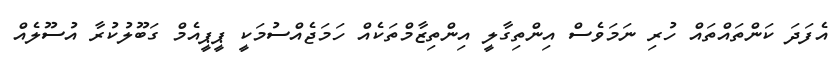
އެފަދަ ކަންތައްތައް ހުރި ނަމަވެސް އިންތިގާލީ އިންތިޒާމްތަކެއް ހަމަޖެއްސުމަކީ ޕީޕީއެމް ގަބޫލުކުރާ އުސޫލެއް